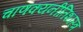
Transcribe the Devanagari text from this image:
चाणक्यनीतिशास्त्र